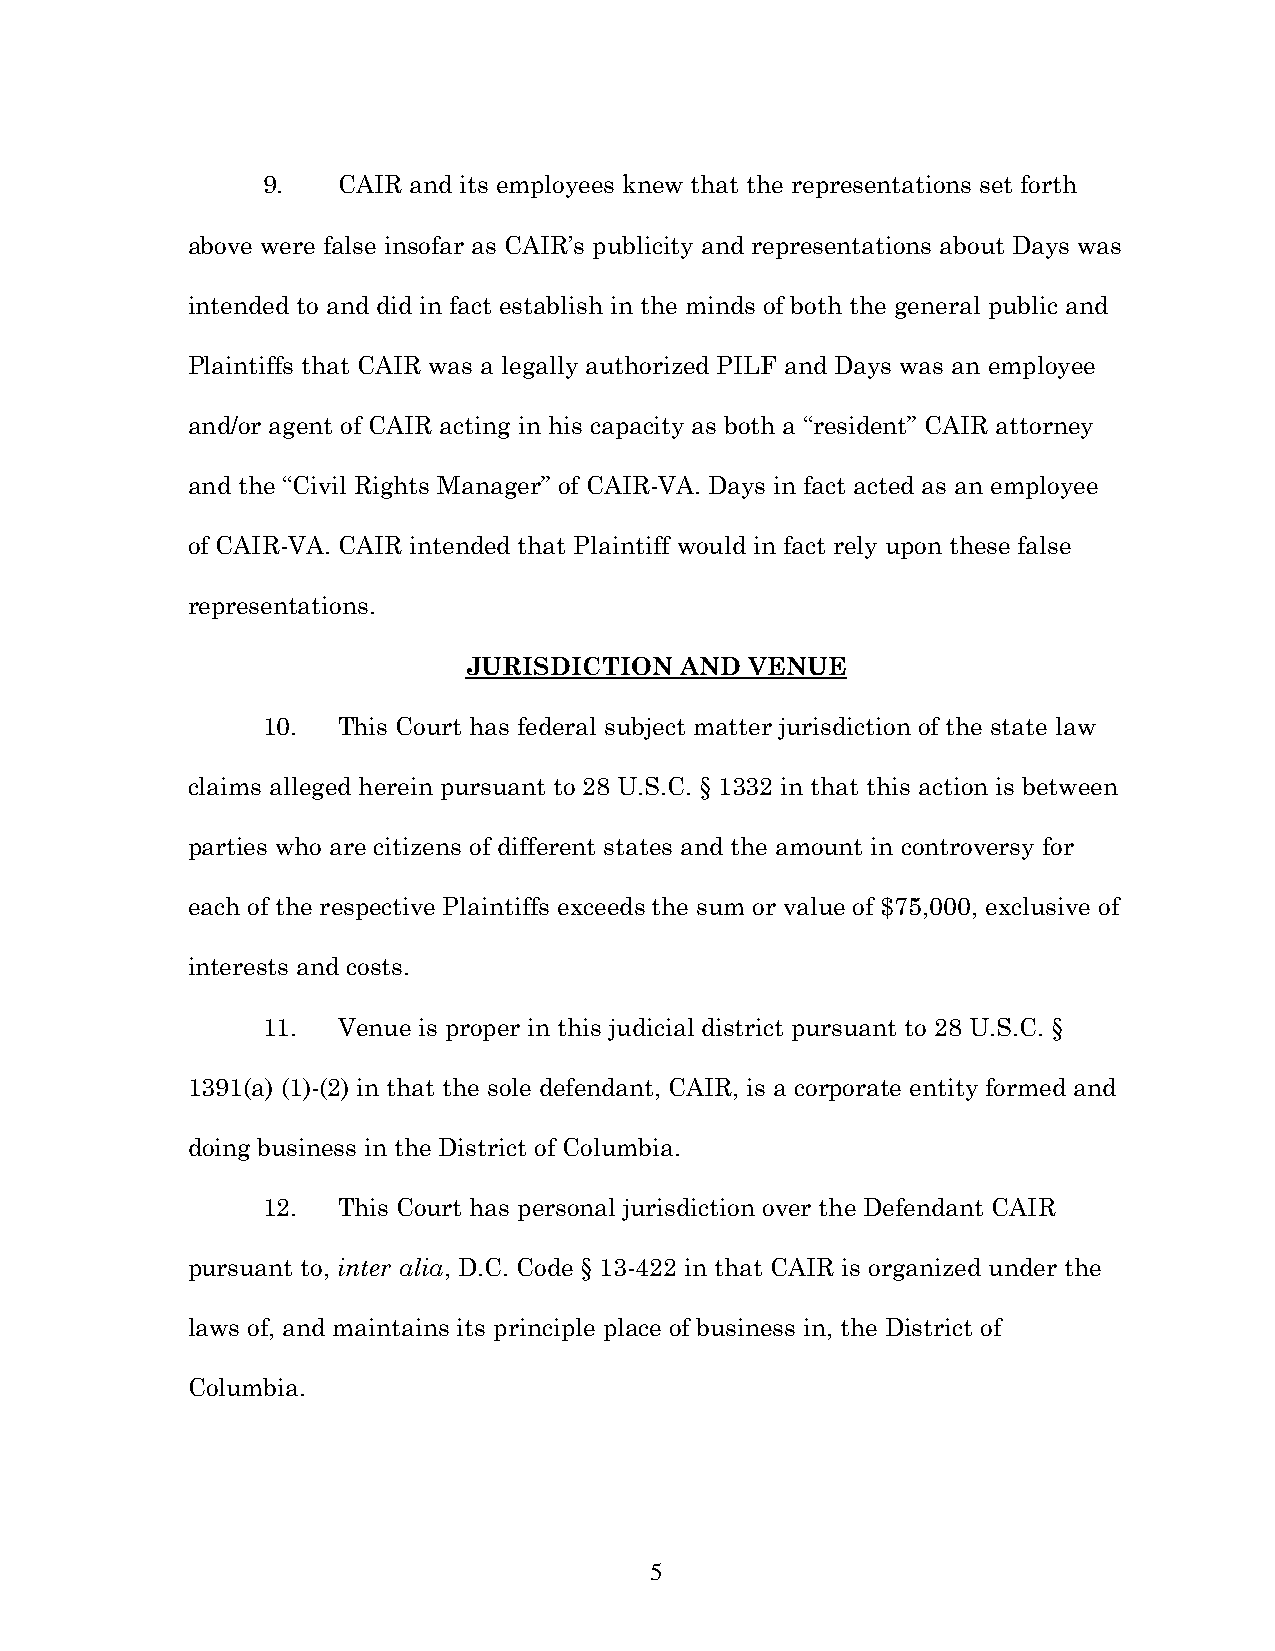
9.   CAIR and its employees knew that the representations set forth
 above were false insofar as CAIR’s publicity and representations about Days was
 intended to and did in fact establish in the minds of both the general public and
 Plaintiffs that CAIR was a legally authorized PILF and Days was an employee
 and/or agent of CAIR acting in his capacity as both a “resident” CAIR attorney
 and the “Civil Rights Manager” of CAIR-VA. Days in fact acted as an employee
 of CAIR-VA. CAIR intended that Plaintiff would in fact rely upon these false
 representations.
 JURISDICTION  AND  VENUE
 10.  This Court has federal subject matter jurisdiction of the state law
 claims alleged herein pursuant to 28 U.S.C. § 1332 in that this action is between
 parties who are citizens of different states and the amount in controversy for
 each of the respective Plaintiffs exceeds the sum or value of $75,000, exclusive of
 interests and costs.
 11.  Venue is proper in this judicial district pursuant to 28 U.S.C. §
 1391(a) (1)-(2) in that the sole defendant, CAIR, is a corporate entity formed and
 doing business in the District of Columbia.
 12.  This Court has personal jurisdiction over the Defendant CAIR
 pursuant to, inter alia, D.C. Code § 13-422 in that CAIR is organized under the
 laws of, and maintains its principle place of business in, the District of
 Columbia.
 5